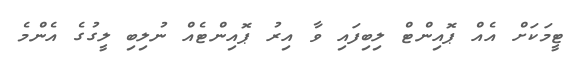
ޓީމަކަށް އެއް ޕޮއިންޓް ލިބިފައި ވާ އިރު ޕޮއިންޓެއް ނުލިބި ލީގުގެ އެންމެ